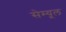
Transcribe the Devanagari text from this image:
सेम्यूल